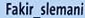
Fakir_slemani